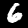
Label: 6